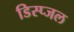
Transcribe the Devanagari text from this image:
डिस्प्जल